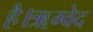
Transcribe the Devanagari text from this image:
है।ॠग्वेद